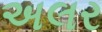
અલર